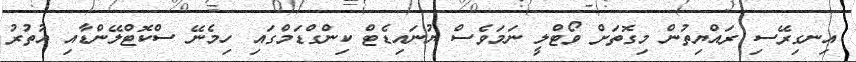
އިނގިރޭސި ރައްޔިތުން މިގޮތަށް ވޯޓްލީ ނަމަވެސް ޔުނައިޑެޓް ކިންގްޑަމްގައި ހިމެނޭ ސްކޮޓްލޭންޑާއި އުތުރު